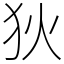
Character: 狄